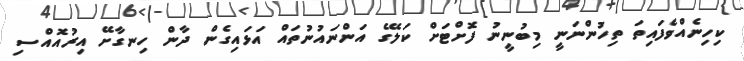
ކިހިނެއްވެފައިތަ ތިހުންނަނީ މިބުނީނު ފޮށްޓަށް ކަލޭގެ އަންނައުނުތައް އަޅައިގެން ދާން ހިނގާށޭ އިރުއޮއްސި